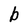
Character: b